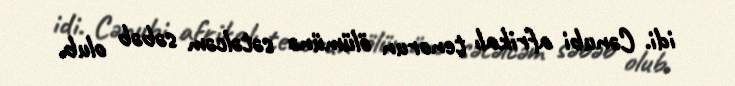
idi. Cənubi afrikalı tenorun ölümünə sətəlcəm səbəb olub.